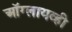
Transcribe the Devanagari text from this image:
ऑग्लायव्ही